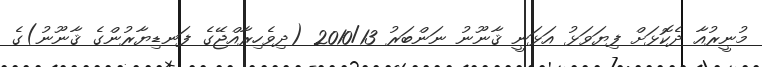
މުނީރުއާ ދެކޮޅަށް ފިޔަވަޅު އަޅަނީ ޤާނޫނު ނަންބަރު 2010/13 (ދިވެހިރާއްޖޭގެ ފަނޑިޔާރުންގެ ޤާނޫނު)ގެ